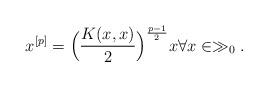
LaTeX: \begin{align*} x^{[p]}=\Big( \frac{K(x,x)}{2} \Big)^{\frac{p-1}{2}}x \forall x \in \gg_0.\end{align*}